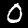
Label: 0